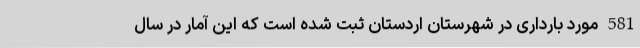
581 مورد بارداری در شهرستان اردستان ثبت شده است که این آمار در سال